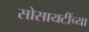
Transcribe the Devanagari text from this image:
सोसायटींच्या